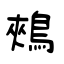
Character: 鵊